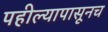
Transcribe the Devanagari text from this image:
पहील्यापासूनच